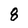
Character: 8